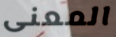
المعنى